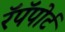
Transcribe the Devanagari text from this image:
रॅपॅपोर्ट